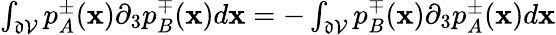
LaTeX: \begin{array}{r}{\int_{\mathfrak{d}\mathcal{V}}p_{A}^{\pm}(\textbf{x})\partial_{3}p_{B}^{\mp}(\textbf{x})d\textbf{x}=-\int_{\mathfrak{d}\mathcal{V}}p_{B}^{\mp}(\textbf{x})\partial_{3}p_{A}^{\pm}(\textbf{x})d\textbf{x}}\end{array}